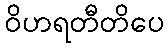
ဝိဟရတီတိပေ